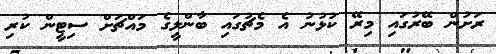
ރަށުން ބޭރުގައި މިރޭ ކުޅުނު އެ މެޗުގައި ބާންލީގެ މައްޗަށް ސިޓީން ކުރި